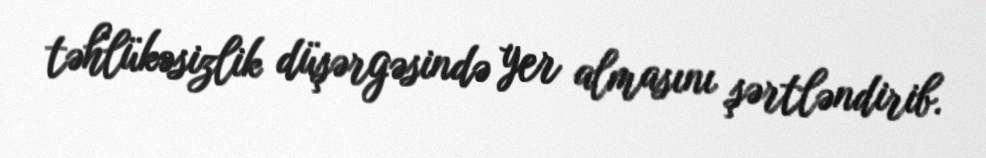
təhlükəsizlik düşərgəsində yer almasını şərtləndirib.